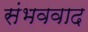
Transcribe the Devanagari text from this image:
संभववाद